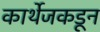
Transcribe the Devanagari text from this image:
कार्थेजकडून